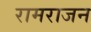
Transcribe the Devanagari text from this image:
रामराजन